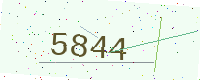
Text: 5844